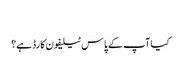
‬
‫کیا آپ کے پاس ٹیلیفون کارڈ ہے؟